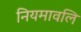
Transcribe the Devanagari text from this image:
नियमावलि